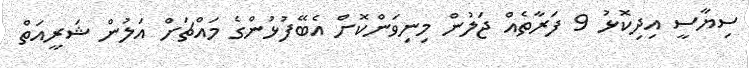
ސިޔާސީ އިދިކޮޅު 9 ފަރާތެއް ޖަލުން މިނިވަންކޮށް އެބޭފުޅުންގެ މައްޗަށް އަލުން ޝަރީއަތް